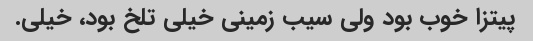
پیتزا خوب بود ولی سیب زمینی خیلی تلخ بود، خیلی.